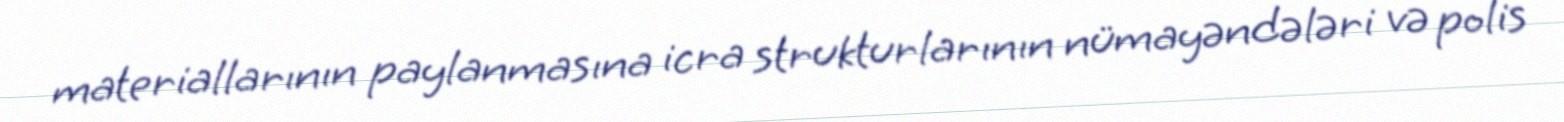
materiallarının paylanmasına icra strukturlarının nümayəndələri və polis